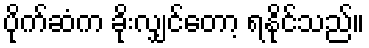
ပိုက်ဆံက ခိုးလျှင်တော့ ရနိုင်သည်။